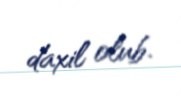
daxil olub.